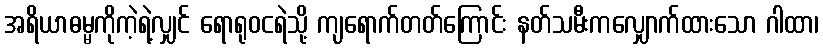
အရိယာဓမ္မကိုကဲ့ရဲ့လျှင် ရောရုဝငရဲသို့ ကျရောက်တတ်ကြောင်း နတ်သမီးကလျှောက်ထားသော ဂါထာ၊